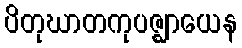
ပိတုဃာတကုပဇ္ဈာယေန